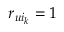
r _ { u i _ { k } } = 1